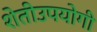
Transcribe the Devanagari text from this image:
शेतीउपयोगी